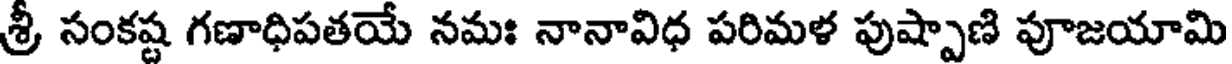
శ్రీ సంకష్ట గణాధిపతయే నమః నానావిధ పరిమళ పుష్పాణి పూజయామి